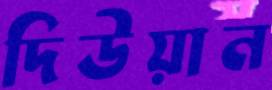
দিউয়ান